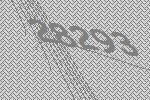
28293